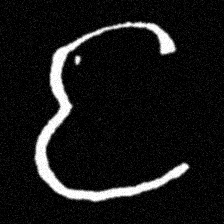
Pyu character \u2014 Myanmar letter: င (romanized: nga)